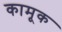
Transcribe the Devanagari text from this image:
कामूक